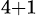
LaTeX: _{4+1}